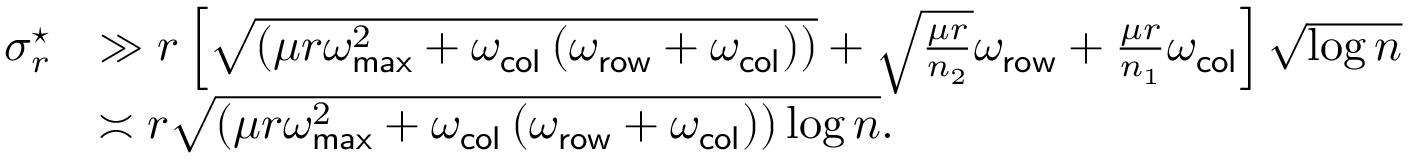
\begin{array} { r l } { \sigma _ { r } ^ { \star } } & { \gg r \left[ \sqrt { \left( \mu r \omega _ { \sf m a x } ^ { 2 } + \omega _ { \sf c o l } \left( \omega _ { \sf r o w } + \omega _ { \sf c o l } \right) \right) } + \sqrt { \frac { \mu r } { n _ { 2 } } } \omega _ { \sf r o w } + \frac { \mu r } { n _ { 1 } } \omega _ { \sf c o l } \right] \sqrt { \log n } } \\ & { \asymp r \sqrt { \left( \mu r \omega _ { \sf m a x } ^ { 2 } + \omega _ { \sf c o l } \left( \omega _ { \sf r o w } + \omega _ { \sf c o l } \right) \right) \log n } . } \end{array}